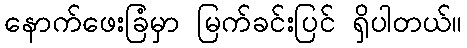
နောက်ဖေးခြံမှာ မြက်ခင်းပြင် ရှိပါတယ်။